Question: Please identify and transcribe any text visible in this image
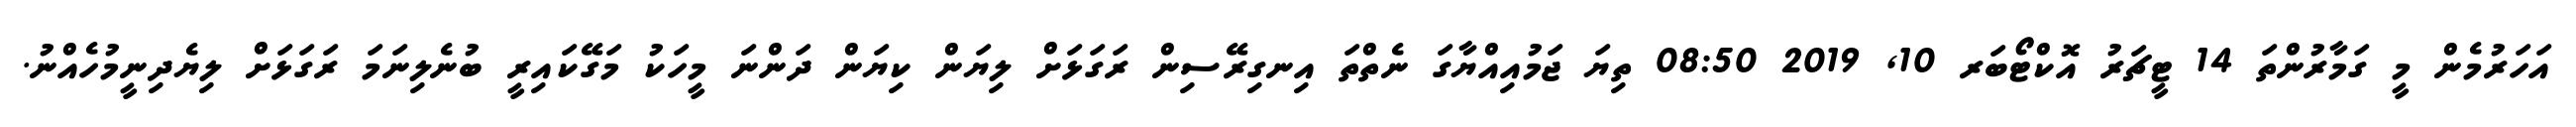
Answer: އަހަރުމެން މީ ގަމާރުންތަ 14 ޓީޗަރު އޮކްޓޯބަރ 10, 2019 08:50 ތިޔަ ޖަމުއިއްޔާގަ ނެތްތަ އިނގިރޭސިން ރަގަޅަށް ލިޔަން ކިޔަން ދަންނަ މީހަކު މަގޭކައިރީ ބުނެލިނަމަ ރަގަޅަށް ލިޔެދިނީމުހެއްނު.